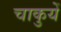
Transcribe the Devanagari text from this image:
चाकुयें